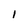
Character: 1